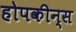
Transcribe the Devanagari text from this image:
होपकीन्स